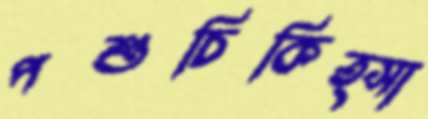
পশুচিকিত্সা